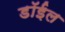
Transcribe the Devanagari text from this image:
डॉईल